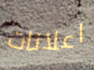
اعلانات